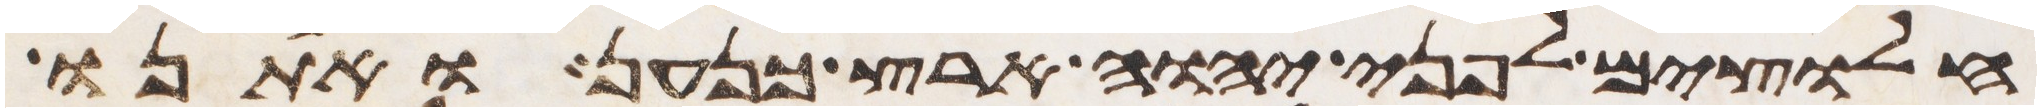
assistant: חלוצים לפני יהוה ארץ כנען ואתנו